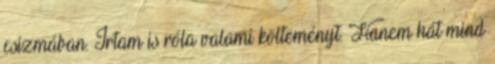
csizmában. Irtam is róla valami költeményt. Hanem hát mind